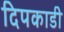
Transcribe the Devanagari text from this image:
दिपकाडी